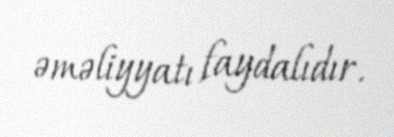
əməliyyatı faydalıdır.